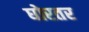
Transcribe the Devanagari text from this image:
घोरतर